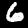
Label: 6